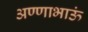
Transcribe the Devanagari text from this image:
अण्णाभाऊं